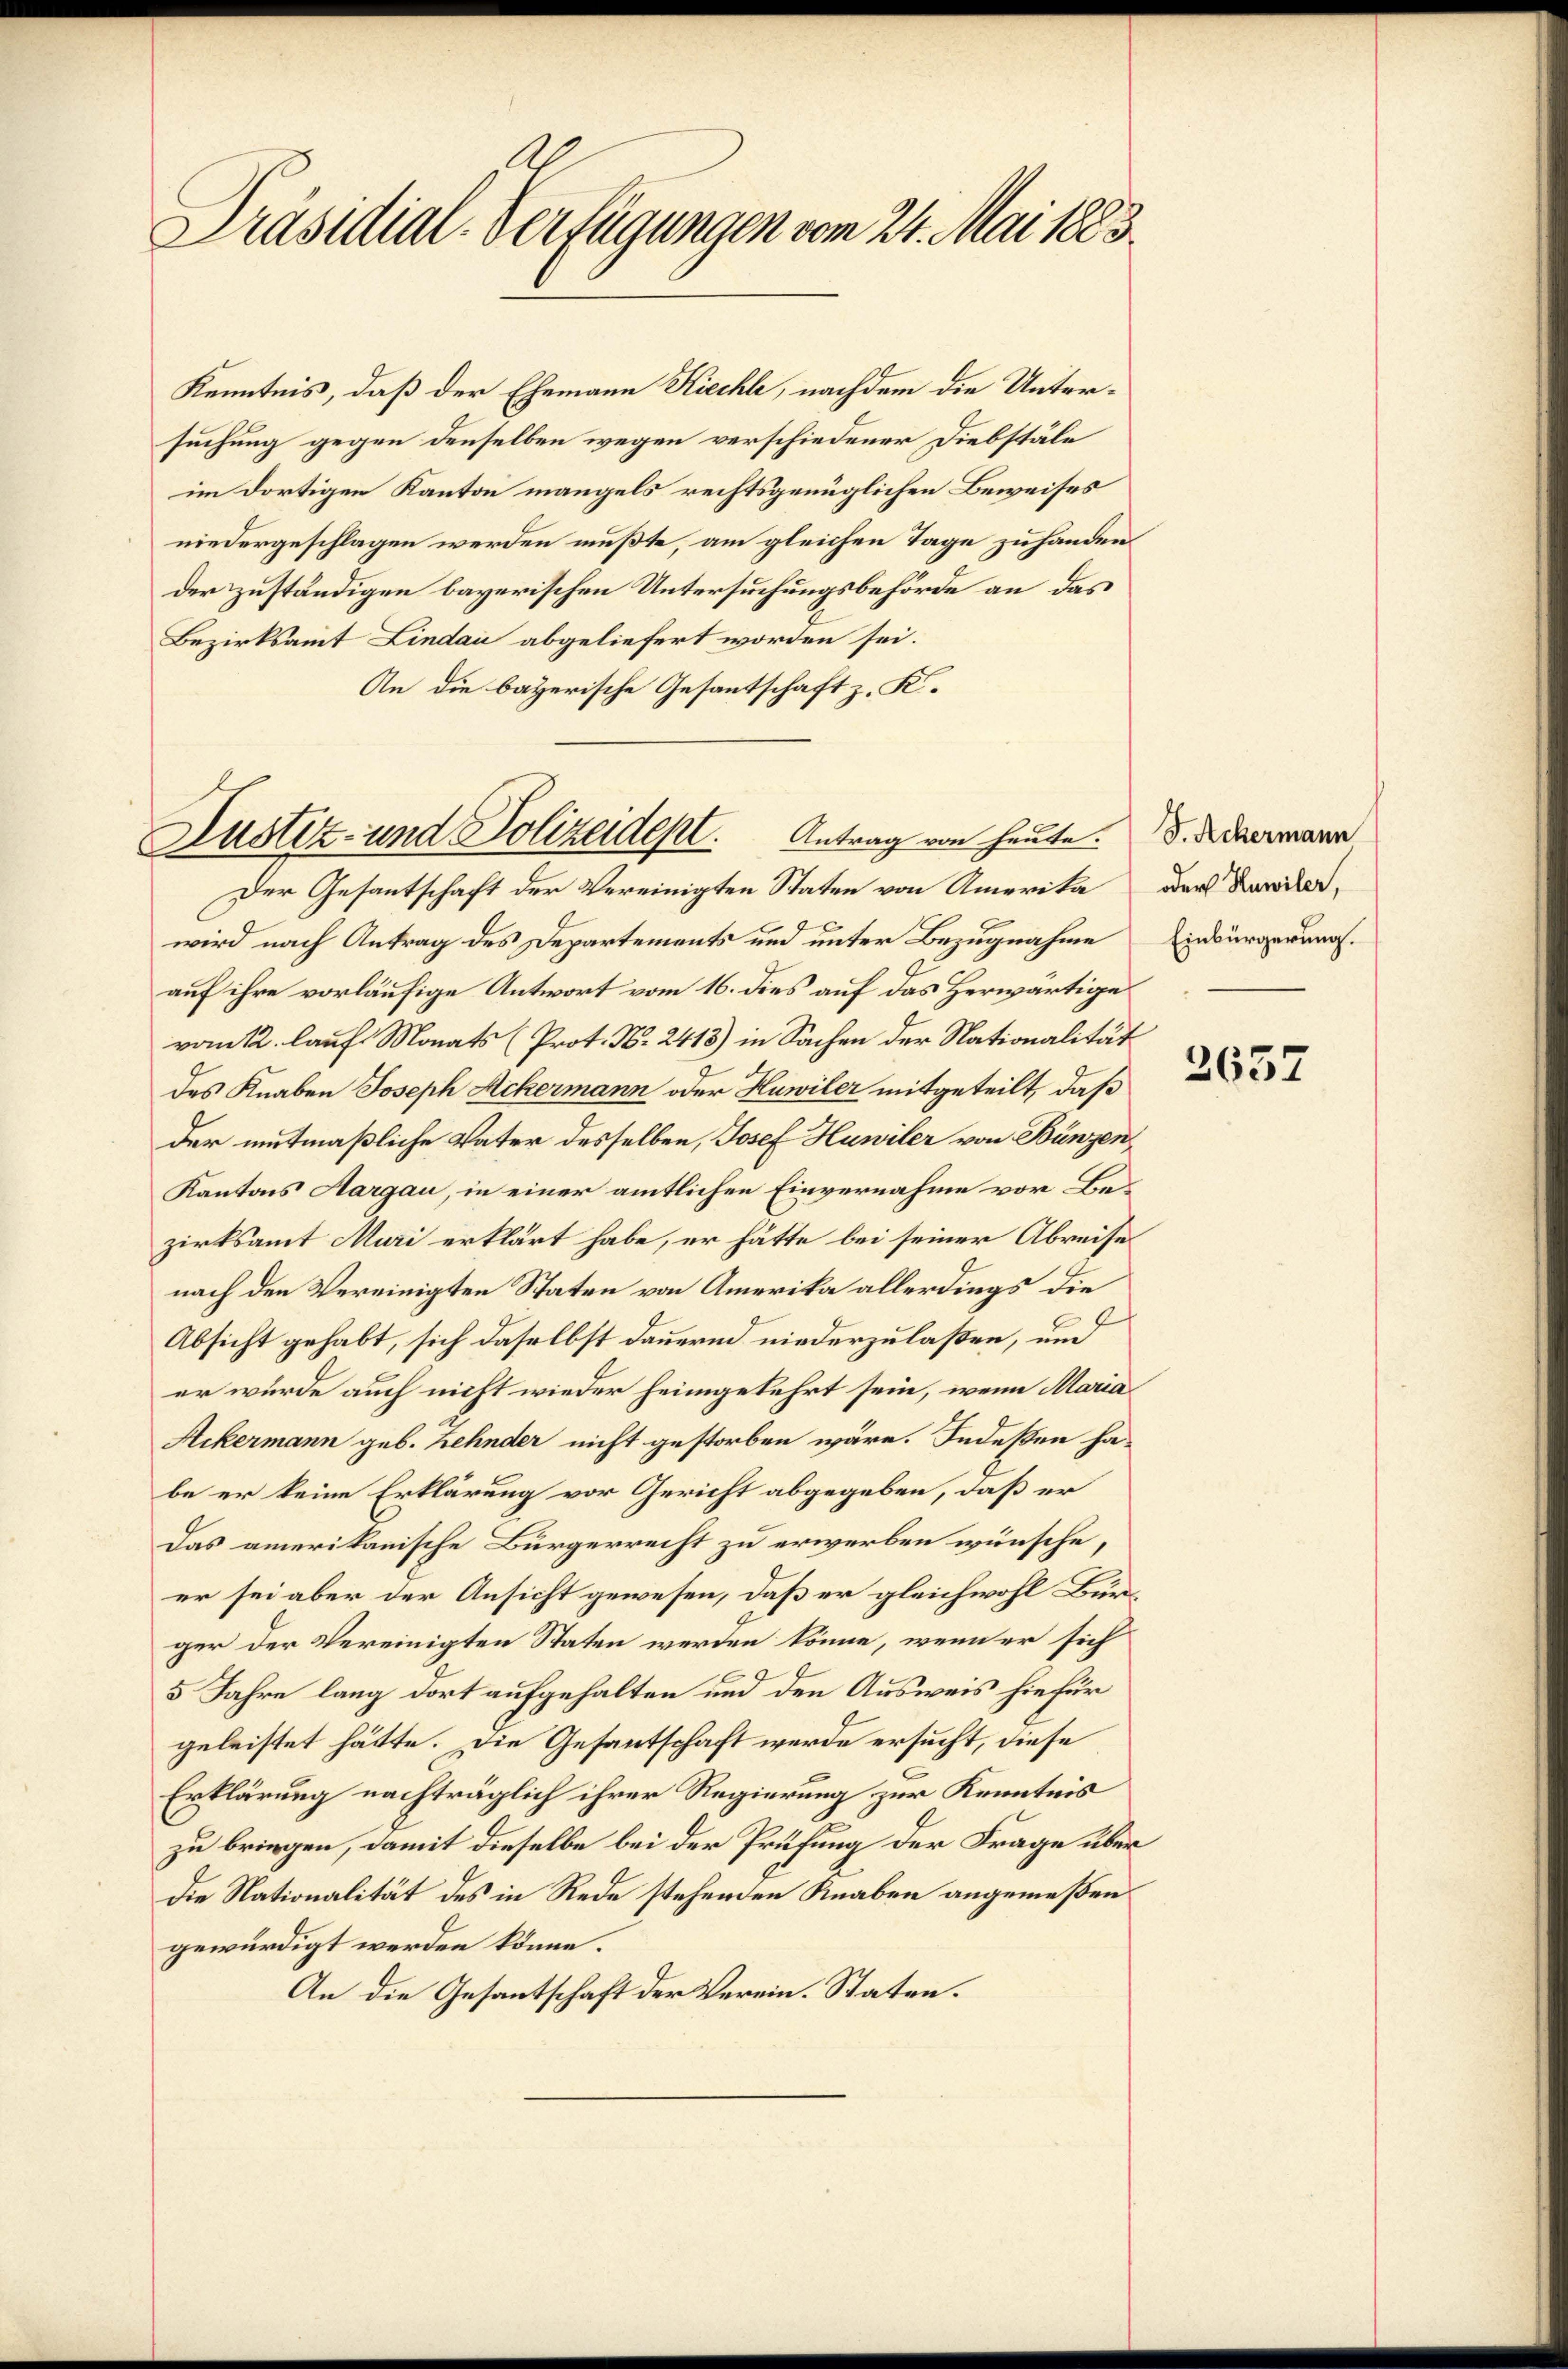
Präsidial-Verfügungen vom 24. Mai 1883.

suchung gegen denselben wegen verschiedener Diebstäle
im dortigen Kanton mangels rechtsgenüglichen Beweises
niedergeschlagen werden mußte, am gleichen Tage zu handen.
der zuständigen bayerischen Untersuchungsbehörde an das
Bezirksamt Lindau abgeliefert worden sei.
An die bayerische Gesantschaft z. K.

Kenntnis, daß der Ehemann Kiechte, nachdem die Unter¬

Justiz- und Polizeident. Antrag von heute. d. d. dermann

Der Gesantschaft der Vereinigten Staten von Amerika der Karterwird nach Antrag des Departements und unter Bezugnahme
auf ihre vorläufige Antwort vom 16. dies auf das Herwärtige
vom 12. lauf Monats (Prot. No. 2418) in Sachen der Nationalität
des Knaben Joseph Ackermann oder Huwiler mitgeteilt, daß
der mutmaßliche Vater desselben, Josef Huwiler von Bünzen,
Kantons Aargau, in einer amtlichen Einvernahme vor Bezirksamt Muri erklärt habe, er hätte bei seiner Abreises
nach den Vereinigten Staten von Amerika allerdings die
Absicht gehabt, sich daselbst dauernd niederzulaßen, und
er wurde auch nicht wieder heimgekehrt sein, wenn Maria
Ackermann geb. Lehnder nicht gestorben wäre. Indeßen ha-
be er keine Erklärung vor Gericht abgegeben, daß er
Das amerikanische Bürgerrecht zu erwerben wünsche,
er sei aber der Ansicht gewesen, daß er gleichwohl Bürger der Vereinigten Staten werden könne, wenn er sich
5 Jahre lang dort aufgehalten und den Ausweis hiefür
geleistet hätte. Die Gesantschaft werde ersucht, diese
Erklärung nachträglich ihrer Regierung zur Kenntnis
zu bringen, damit dieselbe bei der Prüfung der Frage über
Die Nationalität des in Rede stehenden Knaben angemeßen
gewürdigt werden könne.
An die Gesantschaft der Verein. Staten.

Einbürgerung.

2637